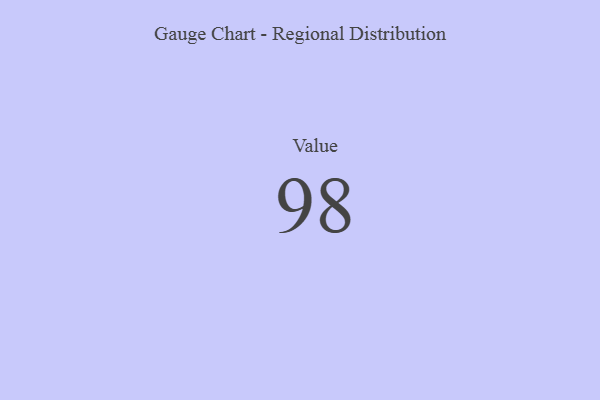
{"axis": {"x": "Metric", "y": "Value"}, "legend": [""], "data": [{"x": "Value", "y": 98, "type": ""}]}